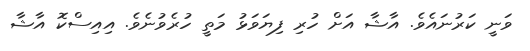
ވަނީ ކަރުނައެވެ. އާޝާ އަށް ހުރި ފިޔަވަޅު މަތީ ހުރެވުނެވެ. އިއިސްކޮ އާޝާ